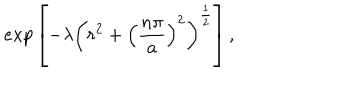
LaTeX: e x p \left[ - \lambda \left( r ^ { 2 } + \left( \frac { n \pi } { a } \right) ^ { 2 } \right) ^ { \frac { 1 } { 2 } } \right] ,